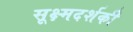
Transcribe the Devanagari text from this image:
सूक्ष्मदर्शकी